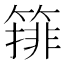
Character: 𱸞